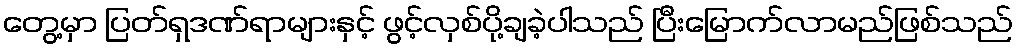
တွေ့မှာ ပြတ်ရှဒဏ်ရာများနှင့် ဖွင့်လှစ်ပို့ချခဲ့ပါသည် ပြီးမြောက်လာမည်ဖြစ်သည်